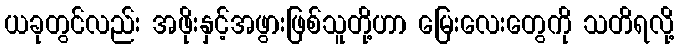
ယခုတွင်လည်း အဖိုးနှင့်အဖွားဖြစ်သူတို့ဟာ မြေးလေးတွေကို သတိရလို့